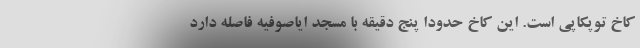
کاخ توپکاپی است. این کاخ حدودا پنج دقیقه با مسجد ایاصوفیه فاصله دارد